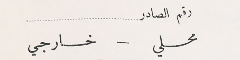
رقم الصادر محلي – خارجي